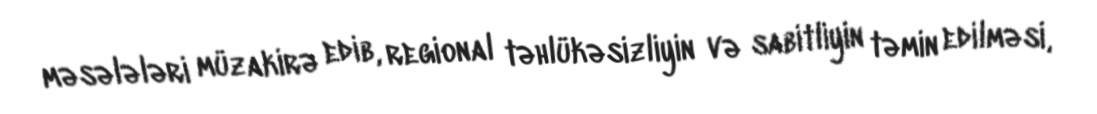
məsələləri müzakirə edib, regional təhlükəsizliyin və sabitliyin təmin edilməsi,